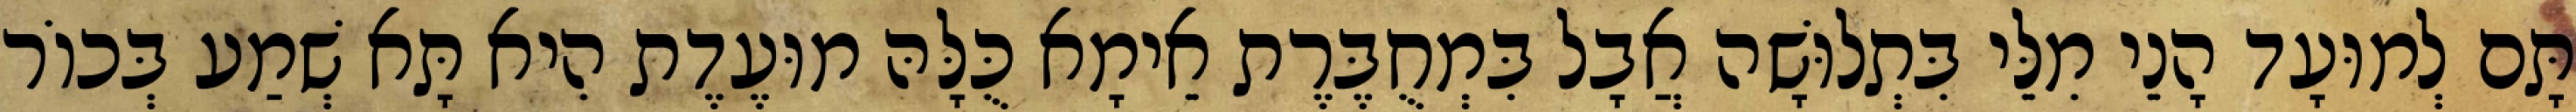
תָּם לְמוּעָד הָנֵי מִלֵּי בִּתְלוּשָׁה אֲבָל בִּמְחֻבֶּרֶת אֵימָא כֻּלָּהּ מוּעֶדֶת הִיא תָּא שְׁמַע בְּכוֹר